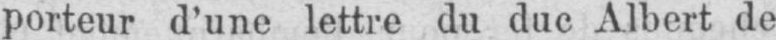
porteur d’une lettre du duc Albert de